Lunatic asylums Central Provinces reports 1874-1885 - 1874-1885
Year: 1874
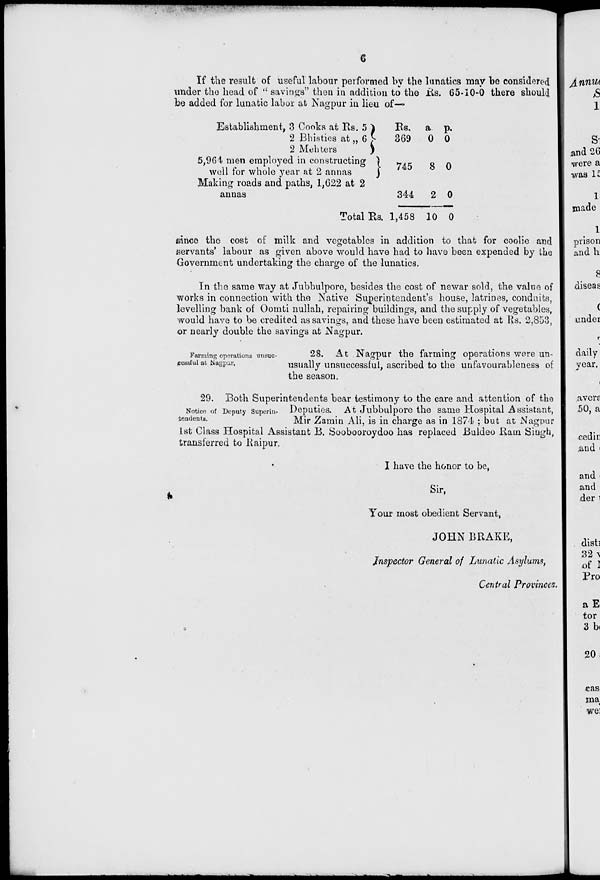
6
If the result of useful labour performed by the lunatics may be considered
under the head of " savings" then in addition to the Rs. 65-10-0 there should
be added for lunatic labor at Nagpur in lieu of—
Establishment, 3 Cooks at Rs. 5
2 Bhisties at „ 6
2 Mehters
5,964 men employed in constructing
well for whole year at 2 annas
Making roads and paths, 1,622 at 2
annas
Total Rs.
Rs.
369
745
344
1,458
a.
0
8
2
10
p.
0
0
0
0
since the cost of milk and vegetables in addition to that for coolie and
servants' labour as given above would have had to have been expended by the
Government undertaking the charge of the lunatics.
In the same way at Jubbulpore, besides the cost of newar sold, the value of
works in connection with the Native Superintendent's house, latrines, conduits,
levelling bank of Oomti nullah, repairing buildings, and the supply of vegetables,
would have to be credited as savings, and these have been estimated at Rs. 2,853,
or nearly double the savings at Nagpur.
Farming operations unsuc-
cessful at Nagpur,
28. At Nagpur the farming operations were un-
usually unsuccessful, ascribed to the unfavourableness of
the season.
Notice of Deputy Superin-
tendents.
29. Both Superintendents bear testimony to the care and attention of the
Deputies. At Jubbulpore the same Hospital Assistant,
Mir Zamin Ali, is in charge as in 1874 ; but at Nagpur
1st Class Hospital Assistant B. Soobooroydoo has replaced Buldeo Ram Singh,
transferred to Raipur.
I have the honor to be,
Sir,
Your most obedient Servant,
JOHN BRAKE,
Inspector General of Lunatic Asylums,
Central Provinces.